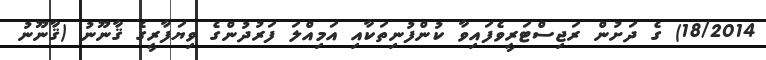
18/2014) ގެ ދަށުން ރަޖިސްޓަރީވެފައިވާ ކުންފުނިތަކާއި އަމިއްލަ ފަރުދުންގެ ވިޔަފާރީގެ ޤާނޫނު (ޤާނޫނު